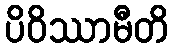
ပိဝိဿာမီတိ